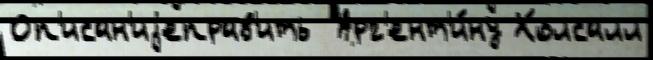
Оп'исан'иjеправ'ить  Арг'ент'и́ну Холсалл